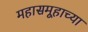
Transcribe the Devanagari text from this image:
महासमूहाच्या